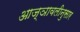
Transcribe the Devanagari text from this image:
आज्ञावलीनुसार